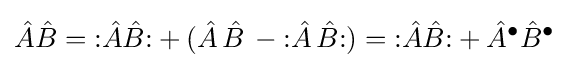
{\hat {A}}{\hat {B}}={\mathopen {:}}{\hat {A}}{\hat {B}}{\mathclose {:}}+({\hat {A}}\,{\hat {B}}\,-{\mathopen {:}}{\hat {A}}\,{\hat {B}}{\mathclose {:}})={\mathopen {:}}{\hat {A}}{\hat {B}}{\mathclose {:}}+{\hat {A}}^{\bullet }{\hat {B}}^{\bullet }